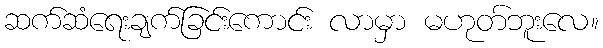
ဆက်ဆံရေးချက်ခြင်းကောင်း လာမှာ မဟုတ်ဘူးလေ။